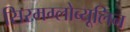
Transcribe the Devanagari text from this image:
सिरमग्लोब्यूलिन